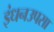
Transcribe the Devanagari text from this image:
इंधनउपसा